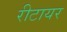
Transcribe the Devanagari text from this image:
रीटायर